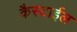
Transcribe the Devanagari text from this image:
कैस्टाईल